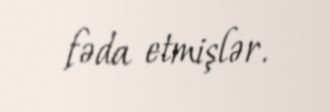
fəda etmişlər.